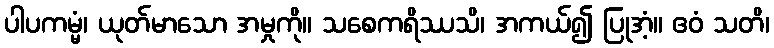
ပါပကမ္မံ၊ ယုတ်မာသော အမှုကို။ သစေကရိဿသိ၊ အကယ်၍ ပြုအံ့။ ဧဝံ သတိ၊